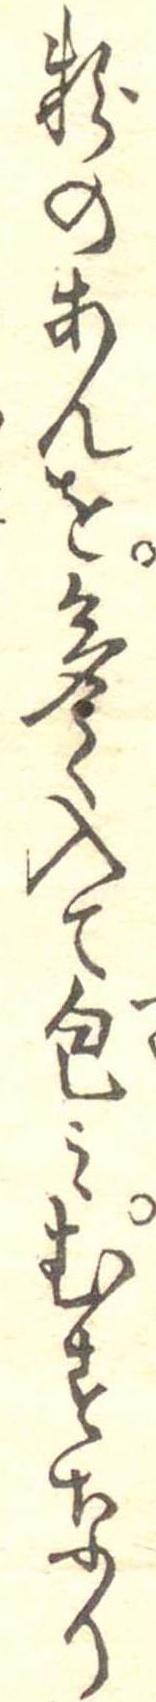
粉のあんを多く入て包みむすなり